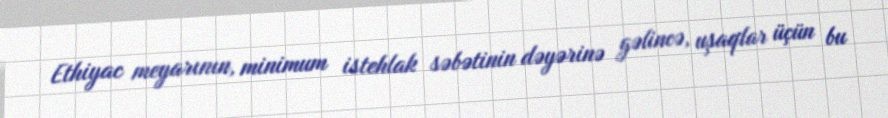
Ethiyac meyarının, minimum istehlak səbətinin dəyərinə gəlincə, uşaqlar üçün bu